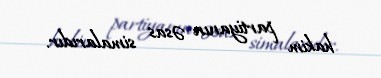
hakim partiyanın əsas simalarıdır.